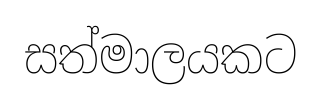
සත්මාලයකට